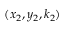
( x _ { 2 } , y _ { 2 } , k _ { 2 } )